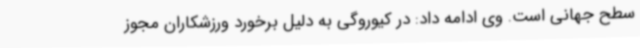
سطح جهانی است. وی ادامه داد: در کیوروگی به دلیل برخورد ورزشکاران مجوز